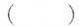
( )$$